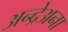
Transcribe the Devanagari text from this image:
अन्द्रेअना